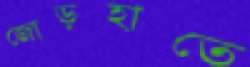
জোড়হাতে